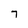
Character: 7